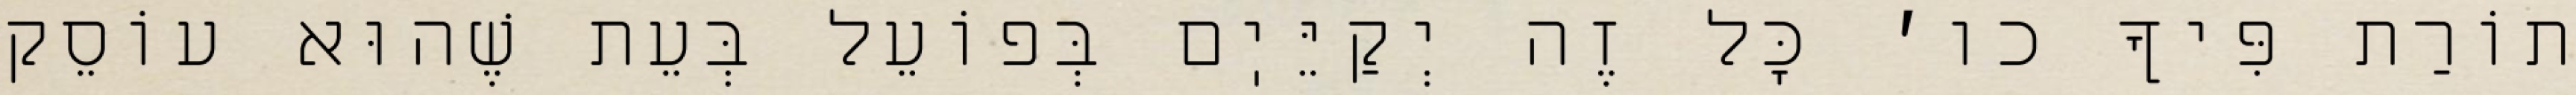
תוֹרַת פִּיךָ כו׳ כׇּל זֶה יְקַיֵּיֽם בְּפוֹעֵל בְּעֵת שֶׁהוּא עוֹסֵק